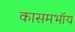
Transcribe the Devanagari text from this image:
कासमभॉय